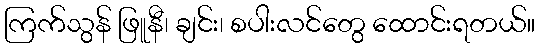
ကြက်သွန် ဖြူနီ၊ ချင်း၊ စပါးလင်တွေ ထောင်းရတယ်။